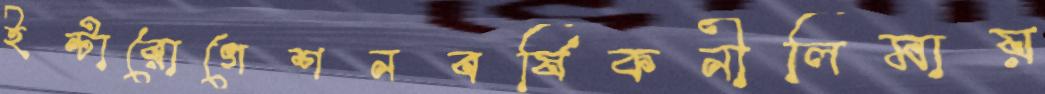
ইন্টারোগেশনবর্ষিকনীলিমায়